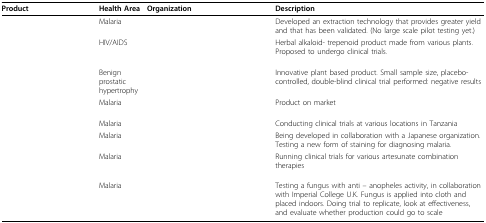
<table><thead><tr><td><b>Product</b></td><td><b>Health Area</b></td><td><b>Organization</b></td><td><b>Description</b></td></tr></thead><tbody><tr><td>[EMPTY_CELL]</td><td>Malaria</td><td>[EMPTY_CELL]</td><td>Developed an extraction technology that provides greater yield and that has been validated. (No large scale pilot testing yet.)</td></tr><tr><td>[EMPTY_CELL]</td><td>HIV/AIDS</td><td>[EMPTY_CELL]</td><td>Herbal alkaloid- trepenoid product made from various plants. Proposed to undergo clinical trials.</td></tr><tr><td>[EMPTY_CELL]</td><td>Benign prostatic hypertrophy</td><td>[EMPTY_CELL]</td><td>Innovative plant based product. Small sample size, placebo-controlled, double-blind clinical trial performed: negative results</td></tr><tr><td>[EMPTY_CELL]</td><td>Malaria</td><td>[EMPTY_CELL]</td><td>Product on market</td></tr><tr><td>[EMPTY_CELL]</td><td>Malaria</td><td>[EMPTY_CELL]</td><td>Conducting clinical trials at various locations in Tanzania</td></tr><tr><td>[EMPTY_CELL]</td><td>Malaria</td><td>[EMPTY_CELL]</td><td>Being developed in collaboration with a Japanese organization. Testing a new form of staining for diagnosing malaria.</td></tr><tr><td>[EMPTY_CELL]</td><td>Malaria</td><td>[EMPTY_CELL]</td><td>Running clinical trials for various artesunate combination therapies</td></tr><tr><td>[EMPTY_CELL]</td><td>Malaria</td><td>[EMPTY_CELL]</td><td>Testing a fungus with anti – anopheles activity, in collaboration with Imperial College U.K. Fungus is applied into cloth and placed indoors. Doing trial to replicate, look at effectiveness, and evaluate whether production could go to scale</td></tr></tbody></table>